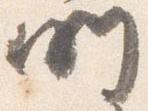
所